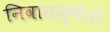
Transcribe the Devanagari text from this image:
निवासक्षेत्रों